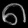
Digit: ၈